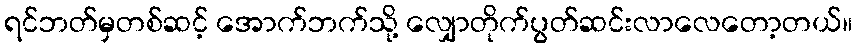
ရင်ဘတ်မှတစ်ဆင့် အောက်ဘက်သို့ လျှောတိုက်ပွတ်ဆင်းလာလေတော့တယ်။